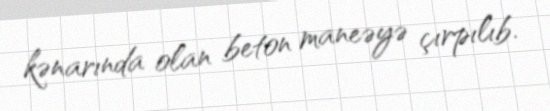
kənarında olan beton maneəyə çırpılıb.